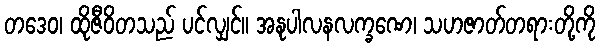
တဒေဝ၊ ထိုဇီဝိတသည် ပင်လျှင်။ အနုပါလနလက္ခဏေ၊ သဟဇာတ်တရားတို့ကို